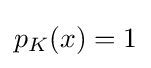
{\textstyle p_{K}(x)=1}